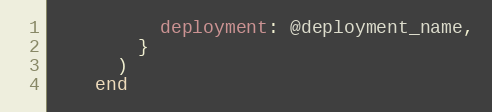
Language: Ruby
          deployment: @deployment_name,
        }
      )
    end